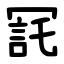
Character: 㓃